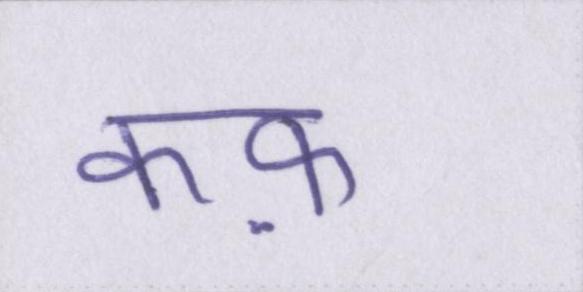
कफ़